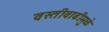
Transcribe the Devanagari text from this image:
वस्तीवाढीमुळे